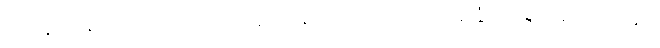
ရဟန်းတစ်ထောင်ကို။ ကတပရိဝါရော၊ ပြုအပ်သော အခြံအရံရှိသည်။ ဟုတွာ၊